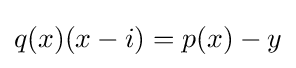
q(x)(x-i)=p(x)-y